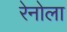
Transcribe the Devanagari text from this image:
रेनोला